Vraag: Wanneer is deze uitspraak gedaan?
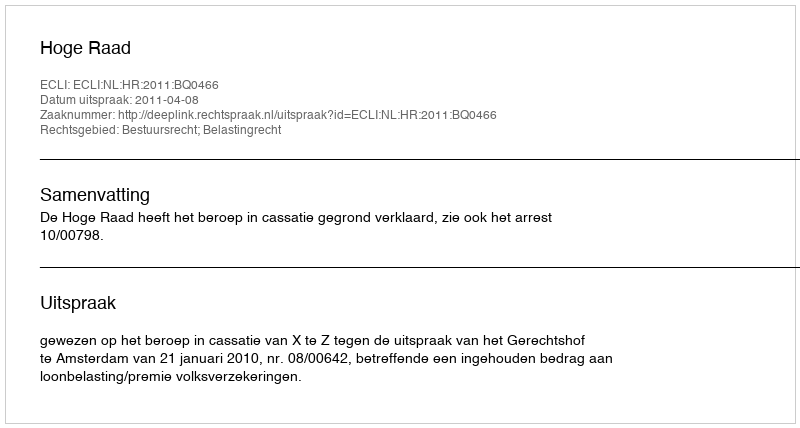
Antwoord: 2011-04-08